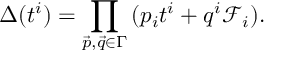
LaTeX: \Delta ( t ^ { i } ) = \prod _ { \vec { p } , \vec { q } \in \Gamma } \, ( p _ { i } t ^ { i } + q ^ { i } \mathcal { F } _ { i } ) .